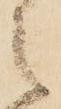
之